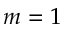
m = 1